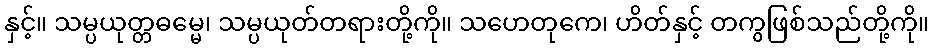
နှင့်။ သမ္ပယုတ္တဓမ္မေ၊ သမ္ပယုတ်တရားတို့ကို။ သဟေတုကေ၊ ဟိတ်နှင့် တကွဖြစ်သည်တို့ကို။